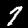
Label: 7